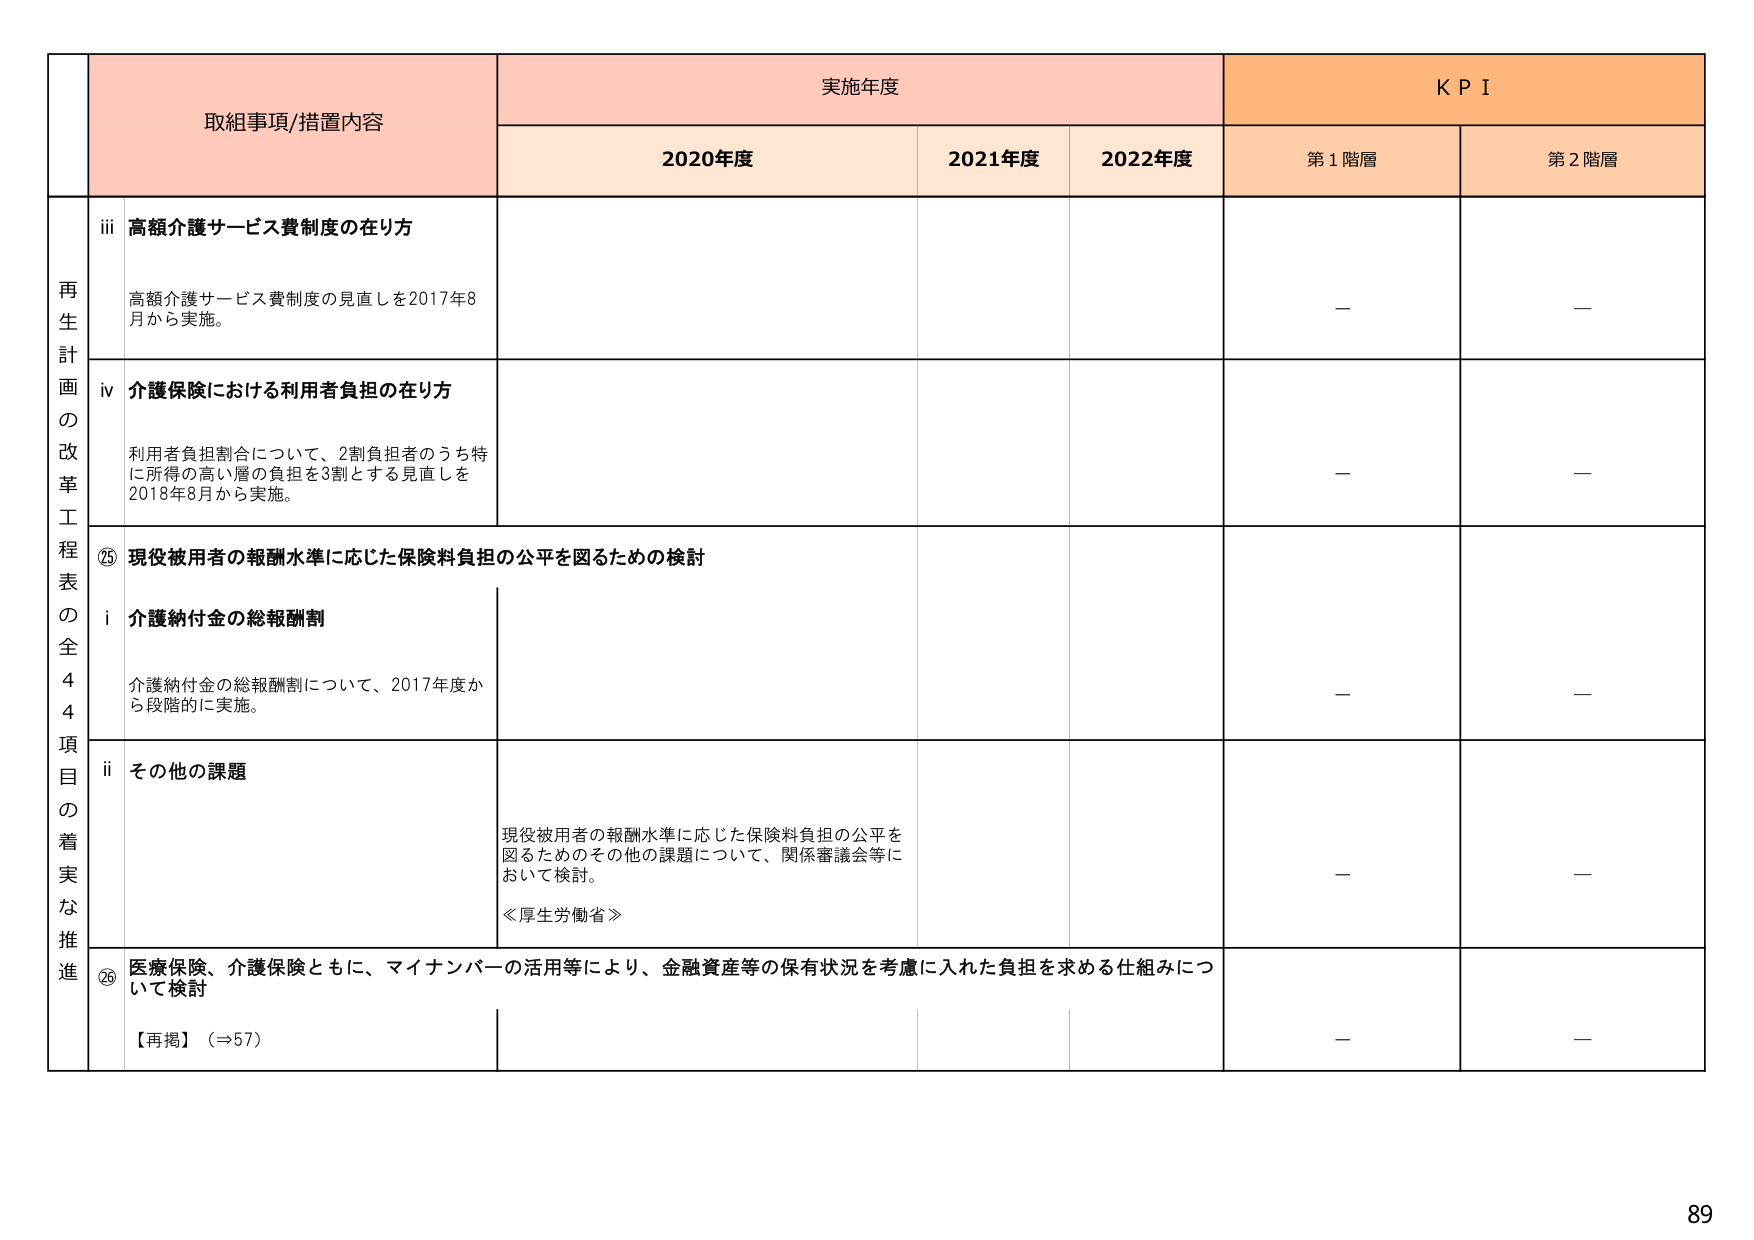
再生計画の改革工程表の全44項目の着実な推進

取組事項/措置内容

実施年度

KPI

2020年度

2021年度

2022年度

第1階層

第2階層

iii 高額介護サービス費制度の在り方

高額介護サービス費制度の見直しを2017年8月から実施。

—

—

iv 介護保険における利用者負担の在り方

利用者負担割合について、2割負担者のうち特に所得の高い層の負担を3割とする見直しを2018年8月から実施。

—

—

⑳ 現役被用者の報酬水準に応じた保険料負担の公平を図るための検討

i 介護納付金の総報酬割

介護納付金の総報酬割について、2017年度から段階的に実施。

—

—

ii その他の課題

現役被用者の報酬水準に応じた保険料負担の公平を図るためのその他の課題について、関係審議会等において検討。

≪厚生労働省≫

—

—

⑳ 医療保険、介護保険ともに、マイナンバーの活用等により、金融資産等の保有状況を考慮に入れた負担を求める仕組みについて検討

【再掲】（⇒57）

—

—

89